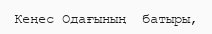
Кеңес Одағының  батыры,